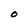
Character: O